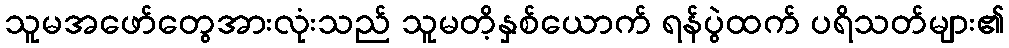
သူမအဖော်တွေအားလုံးသည် သူမတိ့နှစ်ယောက် ရန်ပွဲထက် ပရိသတ်များ၏